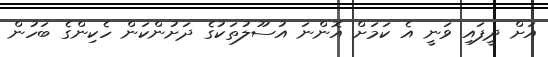
އަށް ދީފައި ވަނީ އެ ކަމަށް އޮންނަ އުސޫލުތަކުގެ ދަށުންކަން ހެކިންގެ ބަހުން